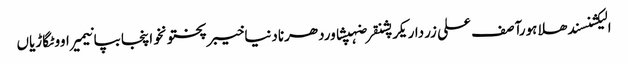
الیکشنسندھلاہورآصف علی زرداریکرپشنقرضہپشاوردھرنادنیاخیبرپختونخواپنجابپانیمیراووٹگاڑیاں